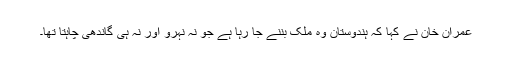
عمران خان نے کہا کہ ہندوستان وہ ملک بننے جا رہا ہے جو نہ نہرو اور نہ ہی گاندھی چاہتا تھا۔